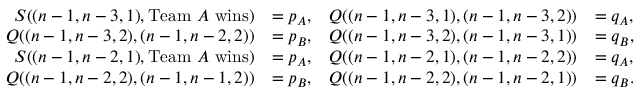
\begin{array} { r l r l } { S ( ( n - 1 , n - 3 , 1 ) , \mathrm { T e a m ~ } A \mathrm { ~ w i n s } ) } & { = p _ { A } , } & { Q ( ( n - 1 , n - 3 , 1 ) , ( n - 1 , n - 3 , 2 ) ) } & { = q _ { A } , } \\ { Q ( ( n - 1 , n - 3 , 2 ) , ( n - 1 , n - 2 , 2 ) ) } & { = p _ { B } , } & { Q ( ( n - 1 , n - 3 , 2 ) , ( n - 1 , n - 3 , 1 ) ) } & { = q _ { B } , } \\ { S ( ( n - 1 , n - 2 , 1 ) , \mathrm { T e a m ~ } A \mathrm { ~ w i n s } ) } & { = p _ { A } , } & { Q ( ( n - 1 , n - 2 , 1 ) , ( n - 1 , n - 2 , 2 ) ) } & { = q _ { A } , } \\ { Q ( ( n - 1 , n - 2 , 2 ) , ( n - 1 , n - 1 , 2 ) ) } & { = p _ { B } , } & { Q ( ( n - 1 , n - 2 , 2 ) , ( n - 1 , n - 2 , 1 ) ) } & { = q _ { B } . } \end{array}